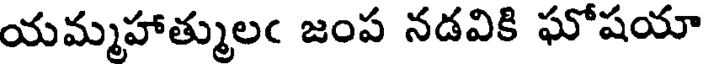
యమ్మహాత్ములఁ జంప నడవికి ఘోషయా